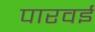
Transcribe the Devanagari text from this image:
पारवई